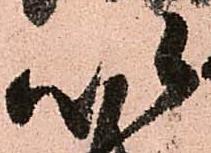
以